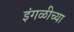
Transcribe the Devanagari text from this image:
इंगळीच्या